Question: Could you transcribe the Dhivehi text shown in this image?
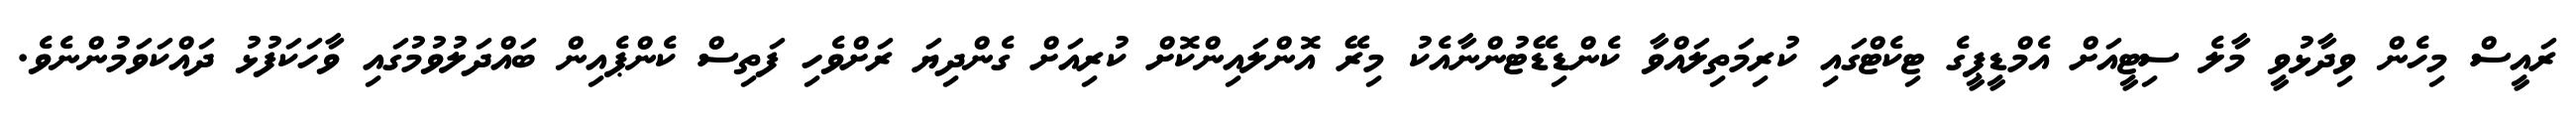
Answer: ރައީސް މިހެން ވިދާޅުވީ މާލެ ސިޓީއަށް އެމްޑީޕީގެ ޓިކެޓްގައި ކުރިމަތިލައްވާ ކެންޑިޑޭޓުންނާއެކު މިރޭ އޮންލައިންކޮށް ކުރިއަށް ގެންދިޔަ ރަށްވެހި ފަތިސް ކެންޕެއިން ބައްދަލުވުމުގައި ވާހަކަފުޅު ދައްކަވަމުންނެވެ.